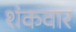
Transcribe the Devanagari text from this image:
शंकवार